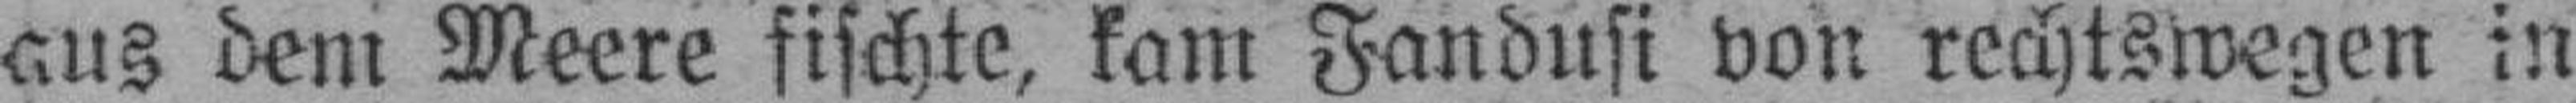
aus denk Meere fischte, kam Fandusi von rechtswegen in